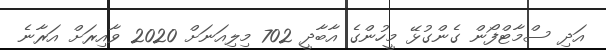
އަދި ސްމާޓްފޯން ގެންގުޅޭ މީހުންގެ އާބާދީ 702 މިލިއަނަށް 2020 ވާއިރަށް އަރާނެ